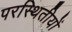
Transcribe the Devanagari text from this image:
परस्थितीयों